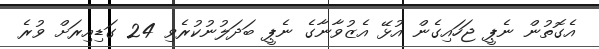
އެގޮތުން ނެޕީ ޖަހައިގެން އުޅޭ އެޒުވާނާގެ ނެޕީ ބަދަލުނުކުރެވި 24 ގަޑިއިރަށް ވުރެ